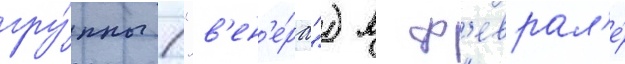
гру́ппы ("в'ен'е́ра") в ф'еврал'е́